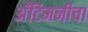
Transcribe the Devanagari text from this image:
अँटिमनीचा